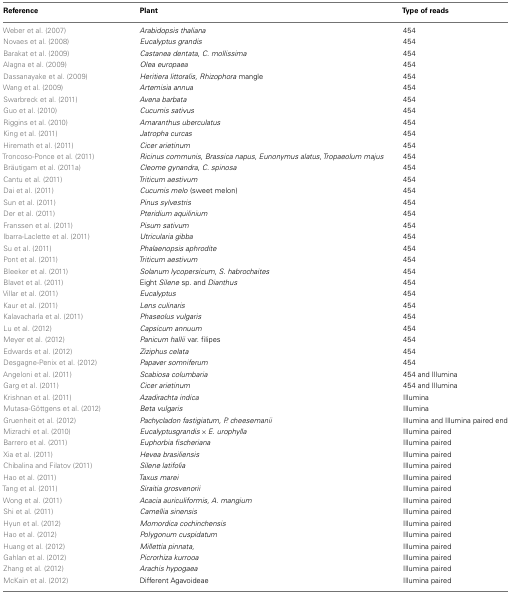
<table><thead><tr><td><b>Reference</b></td><td>[EMPTY_CELL]</td><td><b>Plant</b></td><td><b>Type of reads</b></td></tr></thead><tbody><tr><td>Weber et al. (2007)</td><td>[EMPTY_CELL]</td><td><i>Arabidopsis thaliana</i></td><td>454</td></tr><tr><td>Novaes et al. (2008)</td><td>[EMPTY_CELL]</td><td><i>Eucalyptus grandis</i></td><td>454</td></tr><tr><td>Barakat et al. (2009)</td><td>[EMPTY_CELL]</td><td><i>Castanea dentata</i>, <i>C. mollissima</i></td><td>454</td></tr><tr><td>Alagna et al. (2009)</td><td>[EMPTY_CELL]</td><td><i>Olea europaea</i></td><td>454</td></tr><tr><td>Dassanayake et al. (2009)</td><td>[EMPTY_CELL]</td><td><i>Heritiera littoralis</i>, <i>Rhizophora</i> mangle</td><td>454</td></tr><tr><td>Wang et al. (2009)</td><td>[EMPTY_CELL]</td><td><i>Artemisia annua</i></td><td>454</td></tr><tr><td>Swarbreck et al. (2011)</td><td>[EMPTY_CELL]</td><td><i>Avena barbata</i></td><td>454</td></tr><tr><td>Guo et al. (2010)</td><td>[EMPTY_CELL]</td><td><i>Cucumis sativus</i></td><td>454</td></tr><tr><td>Riggins et al. (2010)</td><td>[EMPTY_CELL]</td><td><i>Amaranthus uberculatus</i></td><td>454</td></tr><tr><td>King et al. (2011)</td><td>[EMPTY_CELL]</td><td><i>Jatropha curcas</i></td><td>454</td></tr><tr><td>Hiremath et al. (2011)</td><td>[EMPTY_CELL]</td><td><i>Cicer arietinum</i></td><td>454</td></tr><tr><td>Troncoso-Ponce et al. (2011)</td><td>[EMPTY_CELL]</td><td><i>Ricinus communis</i>, <i>Brassica napus</i>, <i>Eunonymus alatus</i>, <i>Tropaeolum majus</i></td><td>454</td></tr><tr><td>Bräutigam et al. (2011a)</td><td>[EMPTY_CELL]</td><td><i>Cleome gynandra</i>, <i>C. spinosa</i></td><td>454</td></tr><tr><td>Cantu et al. (2011)</td><td>[EMPTY_CELL]</td><td><i>Triticum aestivum</i></td><td>454</td></tr><tr><td>Dai et al. (2011)</td><td>[EMPTY_CELL]</td><td><i>Cucumis melo</i> (sweet melon)</td><td>454</td></tr><tr><td>Sun et al. (2011)</td><td>[EMPTY_CELL]</td><td><i>Pinus sylvestris</i></td><td>454</td></tr><tr><td>Der et al. (2011)</td><td>[EMPTY_CELL]</td><td><i>Pteridium aquilinium</i></td><td>454</td></tr><tr><td>Franssen et al. (2011)</td><td>[EMPTY_CELL]</td><td><i>Pisum sativum</i></td><td>454</td></tr><tr><td>Ibarra-Laclette et al. (2011)</td><td>[EMPTY_CELL]</td><td><i>Utricularia gibba</i></td><td>454</td></tr><tr><td>Su et al. (2011)</td><td>[EMPTY_CELL]</td><td><i>Phalaenopsis aphrodite</i></td><td>454</td></tr><tr><td>Pont et al. (2011)</td><td>[EMPTY_CELL]</td><td><i>Triticum aestivum</i></td><td>454</td></tr><tr><td>Bleeker et al. (2011)</td><td>[EMPTY_CELL]</td><td><i>Solanum lycopersicum</i>, <i>S. habrochaites</i></td><td>454</td></tr><tr><td>Blavet et al. (2011)</td><td>[EMPTY_CELL]</td><td>Eight <i>Silene</i> sp. and <i>Dianthus</i></td><td>454</td></tr><tr><td>Villar et al. (2011)</td><td>[EMPTY_CELL]</td><td><i>Eucalyptus</i></td><td>454</td></tr><tr><td>Kaur et al. (2011)</td><td>[EMPTY_CELL]</td><td><i>Lens culinaris</i></td><td>454</td></tr><tr><td>Kalavacharla et al. (2011)</td><td>[EMPTY_CELL]</td><td><i>Phaseolus vulgaris</i></td><td>454</td></tr><tr><td>Lu et al. (2012)</td><td>[EMPTY_CELL]</td><td><i>Capsicum annuum</i></td><td>454</td></tr><tr><td>Meyer et al. (2012)</td><td>[EMPTY_CELL]</td><td><i>Panicum hallii</i> var. filipes</td><td>454</td></tr><tr><td>Edwards et al. (2012)</td><td>[EMPTY_CELL]</td><td><i>Ziziphus celata</i></td><td>454</td></tr><tr><td>Desgagne-Penix et al. (2012)</td><td>[EMPTY_CELL]</td><td><i>Papaver somniferum</i></td><td>454</td></tr><tr><td>Angeloni et al. (2011)</td><td>[EMPTY_CELL]</td><td><i>Scabiosa columbaria</i></td><td>454 and Illumina</td></tr><tr><td>Garg et al. (2011)</td><td>[EMPTY_CELL]</td><td><i>Cicer arietinum</i></td><td>454 and Illumina</td></tr><tr><td>Krishnan et al. (2011)</td><td>[EMPTY_CELL]</td><td><i>Azadirachta indica</i></td><td>Illumina</td></tr><tr><td>Mutasa-Göttgens et al. (2012)</td><td>[EMPTY_CELL]</td><td><i>Beta vulgaris</i></td><td>Illumina</td></tr><tr><td>Gruenheit et al. (2012)</td><td>[EMPTY_CELL]</td><td><i>Pachycladon fastigiatum, P. cheesemanii</i></td><td>Illumina and Illumina paired end</td></tr><tr><td>Mizrachi et al. (2010)</td><td>[EMPTY_CELL]</td><td><i>Eucalyptusgrandis × E. urophylla</i></td><td>Illumina paired</td></tr><tr><td>Barrero et al. (2011)</td><td>[EMPTY_CELL]</td><td><i>Euphorbia fischeriana</i></td><td>Illumina paired</td></tr><tr><td>Xia et al. (2011)</td><td>[EMPTY_CELL]</td><td><i>Hevea brasiliensis</i></td><td>Illumina paired</td></tr><tr><td>Chibalina and Filatov (2011)</td><td>[EMPTY_CELL]</td><td><i>Silene latifolia</i></td><td>Illumina paired</td></tr><tr><td>Hao et al. (2011)</td><td>[EMPTY_CELL]</td><td><i>Taxus marei</i></td><td>Illumina paired</td></tr><tr><td>Tang et al. (2011)</td><td>[EMPTY_CELL]</td><td><i>Siraitia grosvenorii</i></td><td>Illumina paired</td></tr><tr><td>Wong et al. (2011)</td><td>[EMPTY_CELL]</td><td><i>Acacia auriculiformis, A. mangium</i></td><td>Illumina paired</td></tr><tr><td>Shi et al. (2011)</td><td>[EMPTY_CELL]</td><td><i>Camellia sinensis</i></td><td>Illumina paired</td></tr><tr><td>Hyun et al. (2012)</td><td>[EMPTY_CELL]</td><td><i>Momordica cochinchensis</i></td><td>Illumina paired</td></tr><tr><td>Hao et al. (2012)</td><td>[EMPTY_CELL]</td><td><i>Polygonum cuspidatum</i></td><td>Illumina paired</td></tr><tr><td>Huang et al. (2012)</td><td>[EMPTY_CELL]</td><td><i>Millettia pinnata</i>,</td><td>Illumina paired</td></tr><tr><td>Gahlan et al. (2012)</td><td>[EMPTY_CELL]</td><td><i>Picrorhiza kurrooa</i></td><td>Illumina paired</td></tr><tr><td>Zhang et al. (2012)</td><td>[EMPTY_CELL]</td><td><i>Arachis hypogaea</i></td><td>Illumina paired</td></tr><tr><td>McKain et al. (2012)</td><td>[EMPTY_CELL]</td><td>Different Agavoideae</td><td>Illumina paired</td></tr></tbody></table>